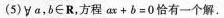
(5)∀a，b∈R，方程$$a x + b = 0$$恰有一个解.